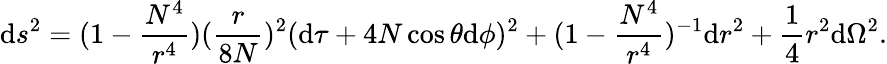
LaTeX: \mathrm{d}s^{2}=(1-\frac{{N^{4}}}{{r^{4}}})(\frac{{r}}{{8N}})^{2}(\mathrm{d}\tau+4N\cos\theta\mathrm{d}\phi)^{2}+(1-\frac{{N^{4}}}{{r^{4}}})^{-1}\mathrm{d}r^{2}+\frac{{1}}{{4}}r^{2}\mathrm{d}\Omega^{2}.